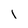
Character: l